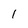
Character: l